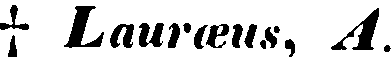
Laurœus, A.